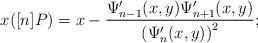
LaTeX: \begin{align*}x([n]P) = x - \frac{\Psi^\prime_{n-1}(x,y)\Psi^\prime_{n+1}(x,y)}{\left (\Psi^\prime_{n}(x,y)\right)^2};\\\end{align*}